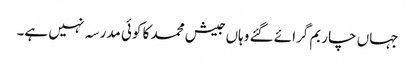
جہاں چار بم گرائے گئے وہاں جیش محمد کا کوئی مدرسہ نہیں ہے۔